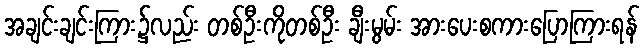
အချင်းချင်းကြား၌လည်း တစ်ဦးကိုတစ်ဦး ချီးမွမ်း အားပေးစကားပြောကြားရန်